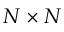
N \times N